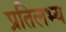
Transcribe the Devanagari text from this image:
प्रतिलभ्य